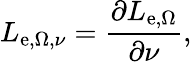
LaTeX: L_{\mathrm{e},\Omega,\nu}={\frac{\partial L_{\mathrm{e},\Omega}}{\partial\nu}},